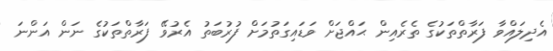
އެދިލައްވާ ފަރާތްތަކުގެ ތެރެއިން ޙައްޖަށް ވަޑައިގަތުމަށް ފުރުބަތު އެރުވޭ ފަރާތްތަކުގެ ނަން އަންނަ